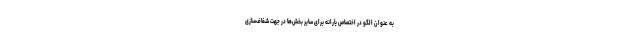
به عنوان الگو در اختصاص یارانه برای سایر بخش‌ها در جهت شفاف‌سازی